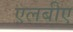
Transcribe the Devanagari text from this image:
एलबीए